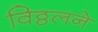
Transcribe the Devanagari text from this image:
विठ्ठलने